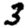
Digit: 3